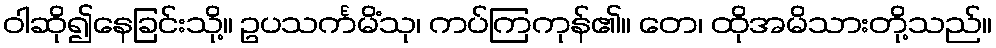
ဝါဆို၍နေခြင်းသို့။ ဥပသင်္ကမိံသု၊ ကပ်ကြကုန်၏။ တေ၊ ထိုအမိသားတို့သည်။